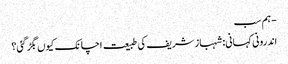
- ہم سب
اندرونی کہانی: شہباز شریف کی طبیعت اچانک کیوں بگڑ گئی؟